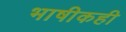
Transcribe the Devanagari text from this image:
भाषीकही